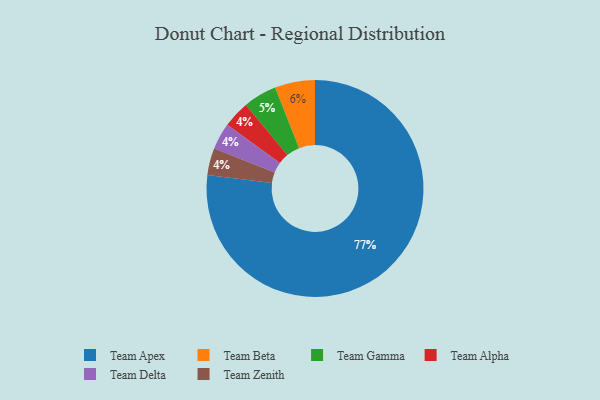
{"axis": {"x": "Category", "y": "Percentage"}, "legend": ["Team Alpha", "Team Apex", "Team Beta", "Team Delta", "Team Gamma", "Team Zenith"], "data": [{"x": "Team Beta", "y": 6, "type": "Team Beta"}, {"x": "Team Alpha", "y": 4, "type": "Team Alpha"}, {"x": "Team Gamma", "y": 5, "type": "Team Gamma"}, {"x": "Team Delta", "y": 4, "type": "Team Delta"}, {"x": "Team Apex", "y": 77, "type": "Team Apex"}, {"x": "Team Zenith", "y": 4, "type": "Team Zenith"}]}